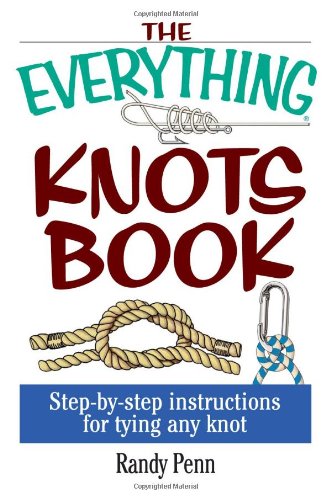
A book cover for The Everything Knots Book: Step-By-Step Instructions for Tying Any Knot (Everything Series); Randy Penn; Sports & Outdoors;